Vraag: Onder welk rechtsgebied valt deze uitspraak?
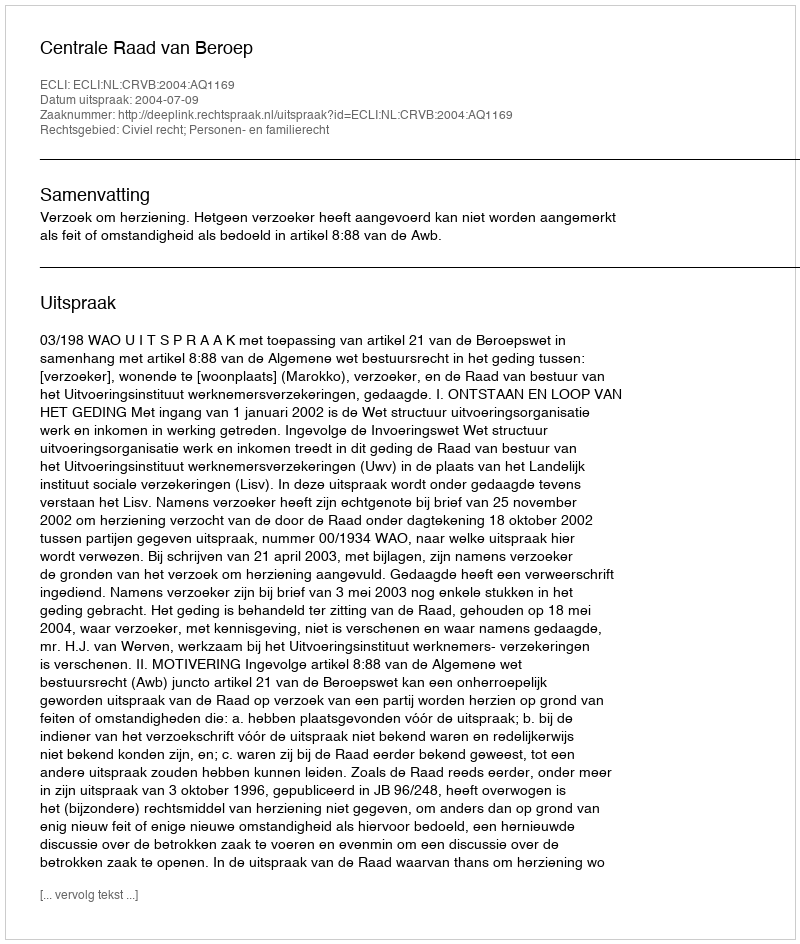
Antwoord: Civiel recht; Personen- en familierecht